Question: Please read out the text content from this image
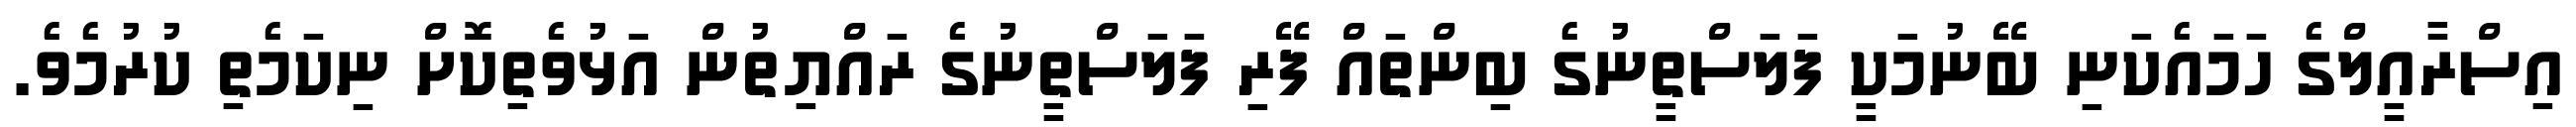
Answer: އިސްރާއީލްގެ ހަމައެކަނި ބޭނުމަކީ ފަލަސްތީނުގެ ބިންތައް ފޭރި ފަލަސްތީނުގެ ރައްޔިތުން އަޅުވެތިކޮށް ނިކަމެތި ކުރުމެވެ.